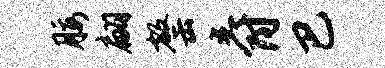
腰翩罄爵巴